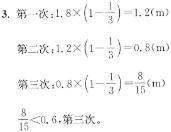
3. 第一次：$1.8\times(1 - \frac{1}{3}) = 1.2(\mathrm{m})$
第二次：$1.2\times(1 - \frac{1}{3}) = 0.8(\mathrm{m})$
第三次：$0.8\times(1 - \frac{1}{3}) = \frac{8}{15}(\mathrm{m})$
$\frac{8}{15}<0.6$，第三次。